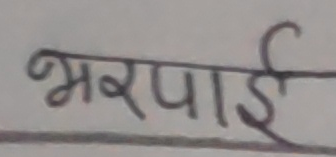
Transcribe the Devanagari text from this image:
भरपाई